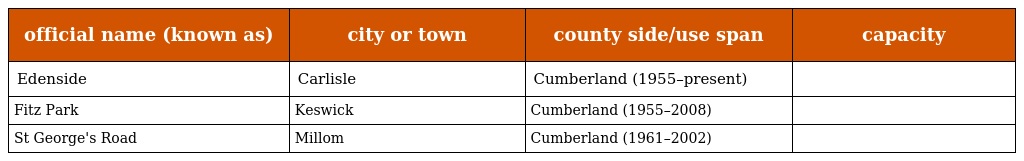
| official name (known as) | city or town | county side/use span | capacity |
 | --- | --- | --- | --- |
 | Edenside | Carlisle | Cumberland (1955–present) |  |
 | Fitz Park | Keswick | Cumberland (1955–2008) |  |
 | St George's Road | Millom | Cumberland (1961–2002) |  |